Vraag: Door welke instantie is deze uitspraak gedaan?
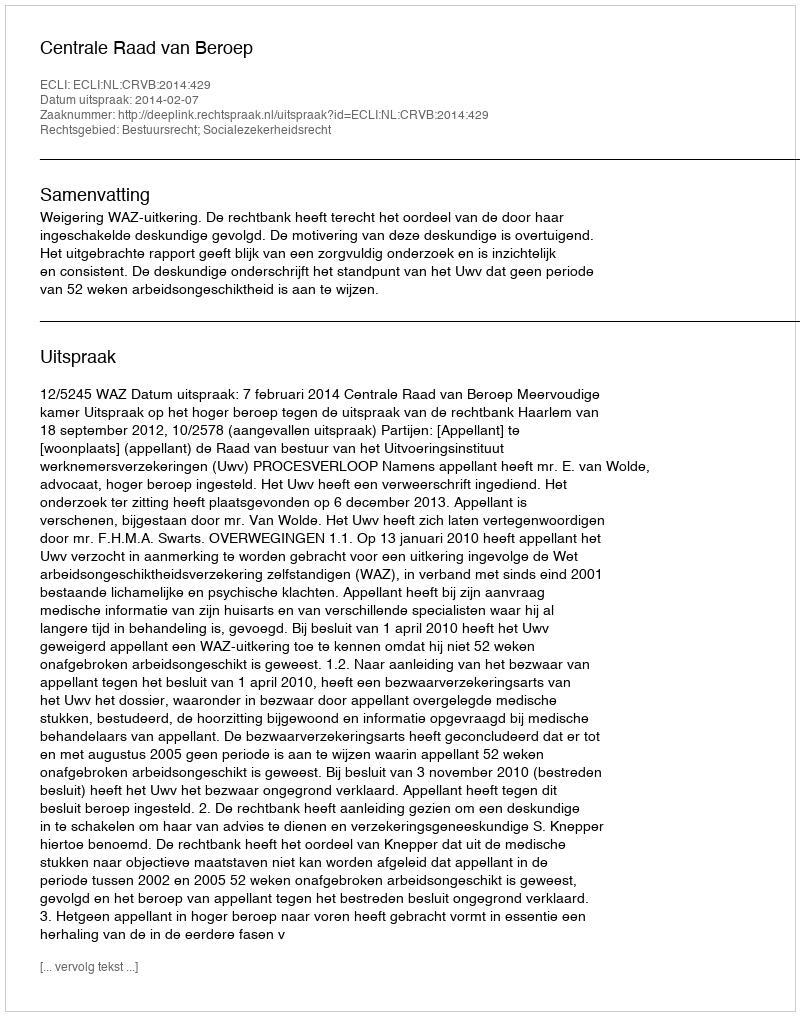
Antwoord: Centrale Raad van Beroep